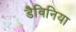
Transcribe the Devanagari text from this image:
डैविनिया